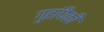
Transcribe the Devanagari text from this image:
गुहांपैकी